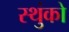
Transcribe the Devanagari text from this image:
स्थुंको